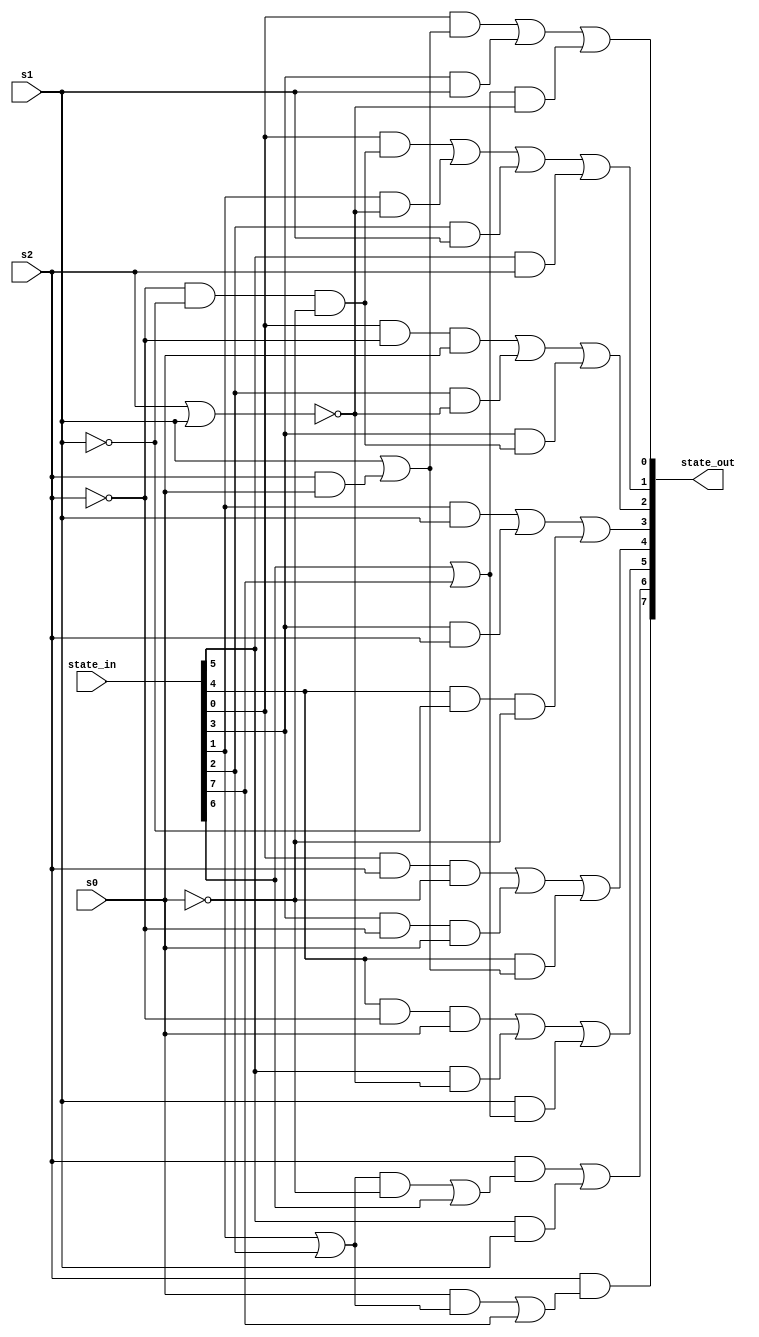
`default_nettype none
module next_state_PROJECT_ID(
    input [7:0] state_in,
    input s2,
    input s1,
    input s0,
    output [7:0] state_out
);

wire a,b,c,d,e,f,g,h;

assign a = state_in[0];
assign b = state_in[1];
assign c = state_in[2];
assign d = state_in[3];
assign e = state_in[4];
assign f = state_in[5];
assign g = state_in[6];
assign h = state_in[7];

wire sym_0;
assign sym_0 = (~s2) & (~s1) & (~s0);

// next H
assign state_out[7] = s2 & ((s0 & (b | c)) | h);

// next G
assign state_out[6] = (s2 & ( ((b | c) & (~s0)) | g)) | (f & s1);

// next F
assign state_out[5] = (e & (~s2) & s0) | (f & (~(s2 | s1))) | (s1 & (g | h));

// next E
assign state_out[4] = (a & s2 & (~s0)) | (d & (~s2) & s0) | (e & (s1 | (s2 & s0)));

// next D
assign state_out[3] = (b & s1) | (d & s2) | (e & (~s1) & (~s0));

// next C
assign state_out[2] = (a & (~s2) & s0) | (c & (~(s2 | s1))) | (d & sym_0);

// next B
assign state_out[1] = (a & sym_0) | (b & (~(s2 | s1))) | (c & s1) | (f & s2);

// next A
assign state_out[0] = (a & (s1 | (s2 & s0))) | (d & s1) | ((g | h) & (~(s2 | s1)));

endmodule